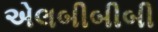
એલબીબીબી